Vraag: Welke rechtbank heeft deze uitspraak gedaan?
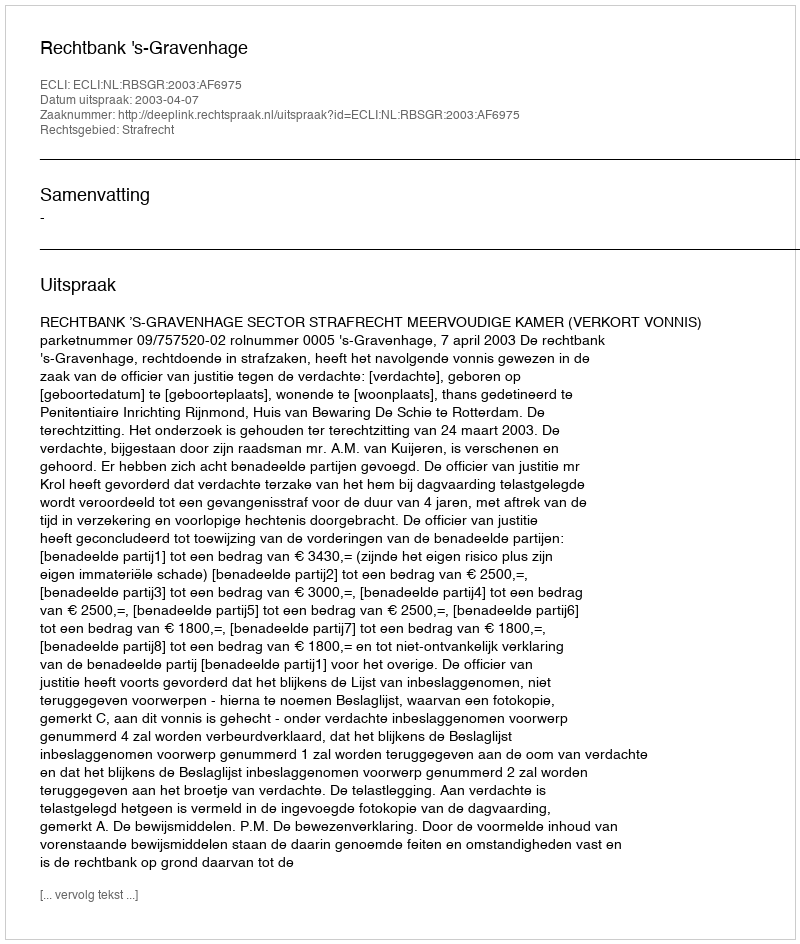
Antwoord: Rechtbank 's-Gravenhage